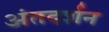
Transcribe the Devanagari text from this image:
अंतदर्शन